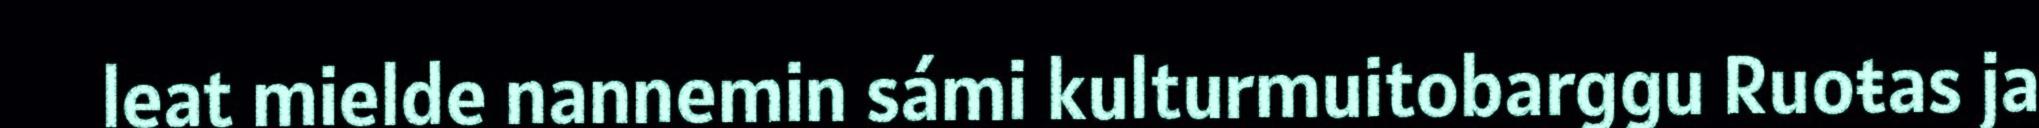
leat mielde nannemin sámi kulturmuitobarggu Ruoŧas ja